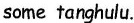
some tanghulu.